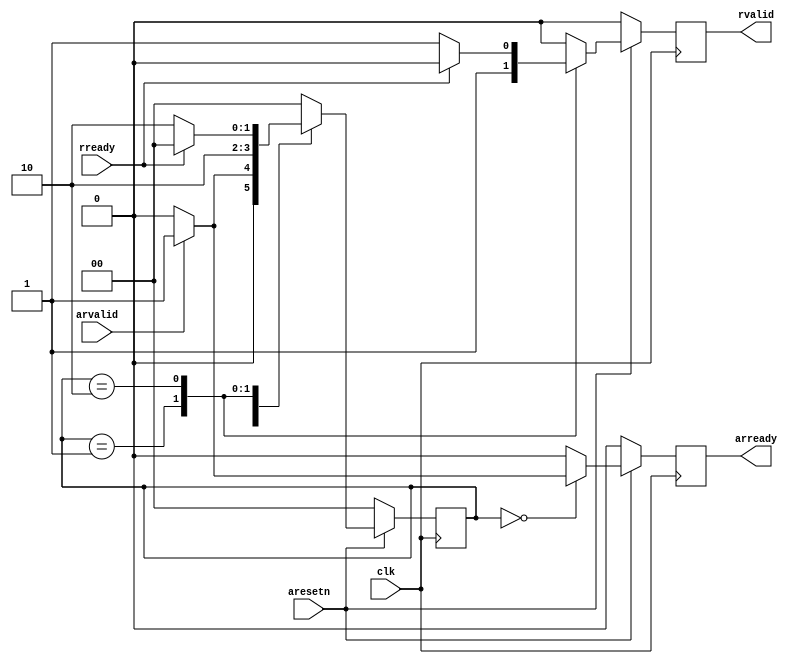
/**
* Copyright (C) 2021 Xilinx, Inc
*
* Licensed under the Apache License, Version 2.0 (the "License"). You may
* not use this file except in compliance with the License. A copy of the
* License is located at
*
*     http://www.apache.org/licenses/LICENSE-2.0
*
* Unless required by applicable law or agreed to in writing, software
* distributed under the License is distributed on an "AS IS" BASIS, WITHOUT
* WARRANTIES OR CONDITIONS OF ANY KIND, either express or implied. See the
* License for the specific language governing permissions and limitations
* under the License.
*/

`timescale 1ns / 1ps



module receive_controller(
    input  wire clk,
    input  wire aresetn,
    input  wire arvalid,
    input  wire rready,
    output reg arready,
    output reg rvalid
);

    reg [1:0]   state, state_n;
    reg         arready_n;
    reg         rvalid_n;

    localparam WAIT_STATE = 0, AR_STATE = 1, R_STATE = 2;


    // Registered Mealy FSM
    always@(*) begin
        case(state)
            WAIT_STATE: begin
                rvalid_n    <= 1'b0;
                if(~arvalid) begin
                    arready_n   <= 1'b0;
                    state_n     <= WAIT_STATE;
                end
                else begin
                    arready_n   <= 1'b1;
                    state_n     <= AR_STATE;
                end

            end

            AR_STATE: begin
                arready_n   <= 1'b0;
                rvalid_n    <= 1'b1;
                state_n     <= R_STATE;
            end

            R_STATE: begin
                arready_n   <= 1'b0;
                if(~rready) begin
                    rvalid_n    <= 1'b1;
                    state_n     <= R_STATE;
                end
                else begin
                    rvalid_n    <= 1'b0;
                    state_n     <= WAIT_STATE;
                end
            end
            
            default: begin
                arready_n   <= 1'b0;
                rvalid_n    <= 1'b0;
                state_n     <= WAIT_STATE;
            end
        endcase
    end


    always@(posedge clk) begin
        if(~aresetn) begin
            state       <= WAIT_STATE;
            arready     <= 1'b0;
            rvalid      <= 1'b0;
        end
        else begin
            state       <= state_n;
            arready     <= arready_n;
            rvalid      <= rvalid_n;
        end
    end


endmodule